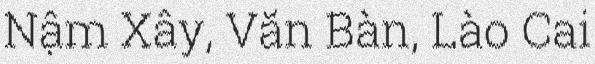
Nậm Xây, Văn Bàn, Lào Cai